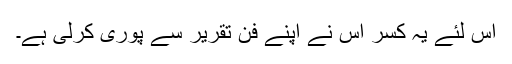
اس لئے یہ کسر اس نے اپنے فن تقریر سے پوری کرلی ہے۔